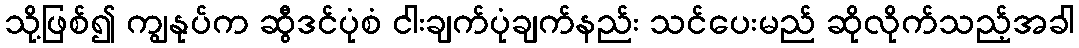
သို့ဖြစ်၍ ကျွနုပ်က ဆွီဒင်ပုံစံ ငါးချက်ပုံချက်နည်း သင်ပေးမည် ဆိုလိုက်သည့်အခါ